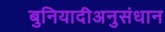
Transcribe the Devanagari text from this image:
बुनियादीअनुसंधान